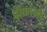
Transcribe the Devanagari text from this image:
पीकांना